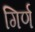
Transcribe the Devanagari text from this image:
गिर्ण